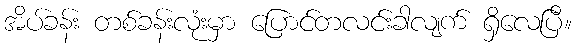
အိပ်ခန်း တစ်ခန်းလုံးမှာ ပြောင်တလင်းခါလျက် ရှိလေပြီ။